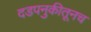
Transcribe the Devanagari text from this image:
दडपनुकीतूनच